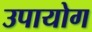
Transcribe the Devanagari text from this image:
उपायोग